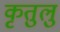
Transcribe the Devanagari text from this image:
कृतुलु